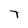
Character: T